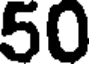
50